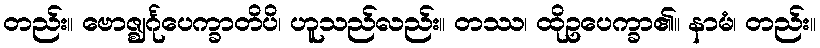
တည်း။ ဗောဇ္ဈင်္ဂုပေက္ခာတိပိ၊ ဟူသည်လည်း။ တဿ၊ ထိုဥပေက္ခာ၏။ နာမံ၊ တည်း။